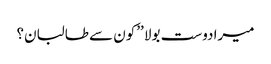
میرادوست بولا ’’کون سے طالبان؟